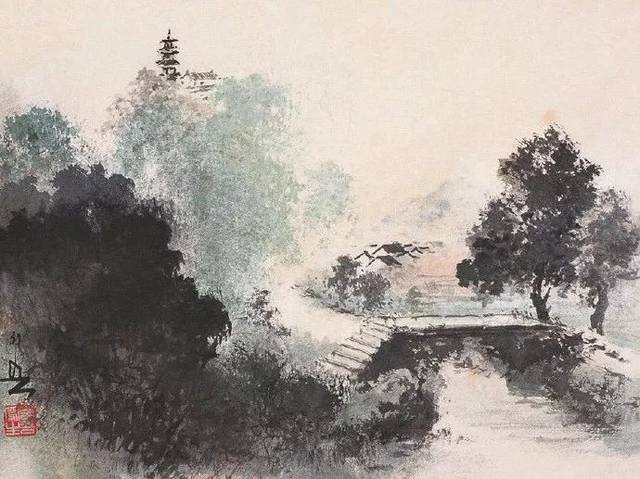
萋萋春草秋绿，落落长松夏寒。